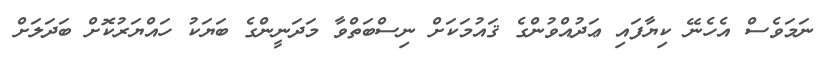
ނަމަވެސް އެހެނޭ ކިޔާފައި ޢަދުއްވުންގެ ޤައުމަކަށް ނިސްބަތްވާ މަދަނީންގެ ބަޔަކު ހައްޔަރުކޮށް ބަދަލަށް